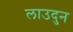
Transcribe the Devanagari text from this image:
लाउदुन